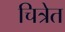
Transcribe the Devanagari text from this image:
चित्रेत